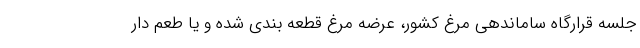
جلسه قرارگاه ساماندهی مرغ کشور، عرضه مرغ قطعه بندی شده و یا طعم دار